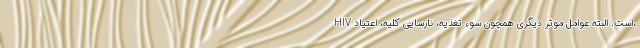
HIV است. البته عوامل موثر دیگری همچون سوء تغذیه، نارسایی کلیه، اعتیاد،